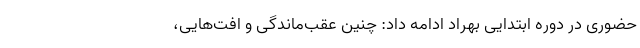
حضوری در دوره ابتدایی بهراد ادامه داد: چنین عقب‌ماندگی‌ و افت‌هایی،